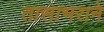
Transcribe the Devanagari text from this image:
तासाभराने